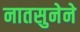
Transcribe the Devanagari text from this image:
नातसुनेने